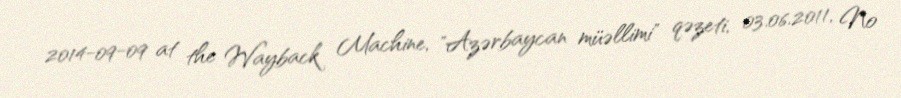
2014-09-09 at the Wayback Machine, "Azərbaycan müəllimi" qəzeti, 03.06.2011, №